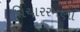
વિચારરમણા